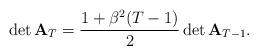
LaTeX: \begin{align*} \det \mathbf{A}_T=\frac{1+\beta^2(T-1)}{2}\det \mathbf{A}_{T-1}. \end{align*}